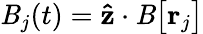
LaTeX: \mathit{B}_{j}(t)=\mathbf{{\hat{{z}}}}\cdot\mathbf{{\mathit{B}}}\big[\mathbf{{r}}_{j}\big]